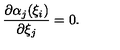
\frac { \partial \alpha _ { j } ( \xi _ { i } ) } { \partial \xi _ { j } } = 0 .